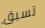
تسبق